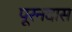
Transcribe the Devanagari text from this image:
पूरनदास